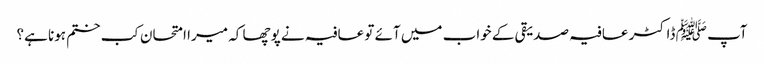
آپ ﷺ ڈاکٹر عافیہ صدیقی کے خواب میں آئے تو عافیہ نے پوچھا کہ میرا امتحان کب ختم ہونا ہے؟